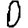
Digit: 0